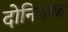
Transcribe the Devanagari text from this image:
दोनियाक